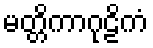
မတ္တိကာဂုဠိကံ